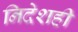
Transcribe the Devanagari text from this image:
निदेशही